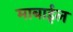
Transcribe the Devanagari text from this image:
माबाईल